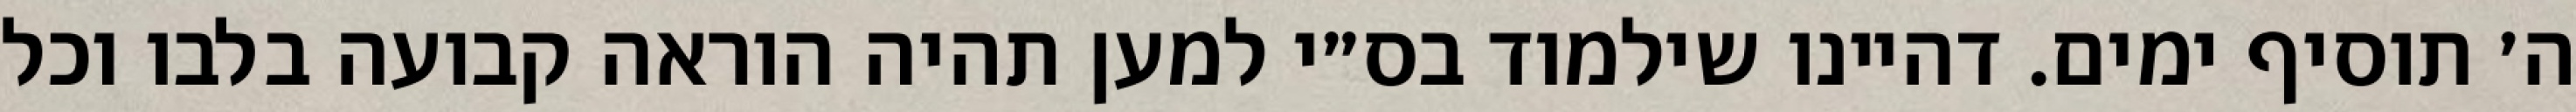
ה׳ תוסיף ימים. דהיינו שילמוד בס״י למען תהיה הוראה קבועה בלבו וכל